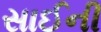
સાઈની